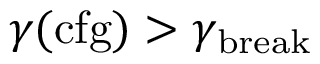
\gamma ( \mathrm { c f g } ) > \gamma _ { \mathrm { b r e a k } }